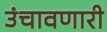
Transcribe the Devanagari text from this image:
उंचावणारी